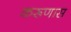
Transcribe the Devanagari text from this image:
करूणास